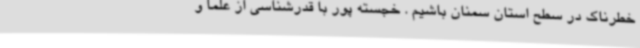
خطرناک در سطح استان سمنان باشیم . خجسته پور با قدرشناسی از علما و